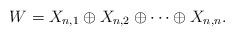
LaTeX: \begin{align*}W = X_{n,1} \oplus X_{n,2} \oplus \cdots \oplus X_{n,n}. \end{align*}